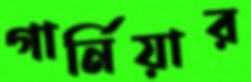
গার্নিয়ার